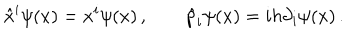
LaTeX: \hat { x } ^ { i } \psi ( x ) = x ^ { i } \psi ( x ) \, , \qquad \hat { p } _ { i } \psi ( x ) = i h \partial _ { i } \psi ( x ) \, .